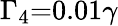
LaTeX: {\Gamma_{4}}\mathrm{{=}}0.01\gamma